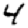
Digit: 4